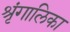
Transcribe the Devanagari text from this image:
श्रृंगालिका